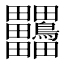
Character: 𪉀